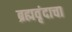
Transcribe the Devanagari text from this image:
ब्रह्मवृंदाचा